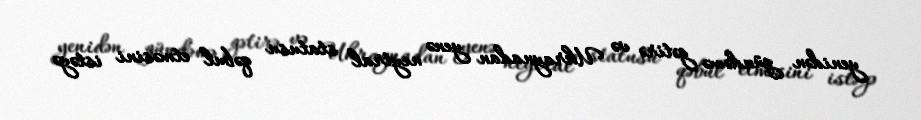
yenidən gündəmə gətirə və Ukraynadan yenə neytral statusu qəbul etməsini istəyə